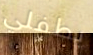
بطفلي